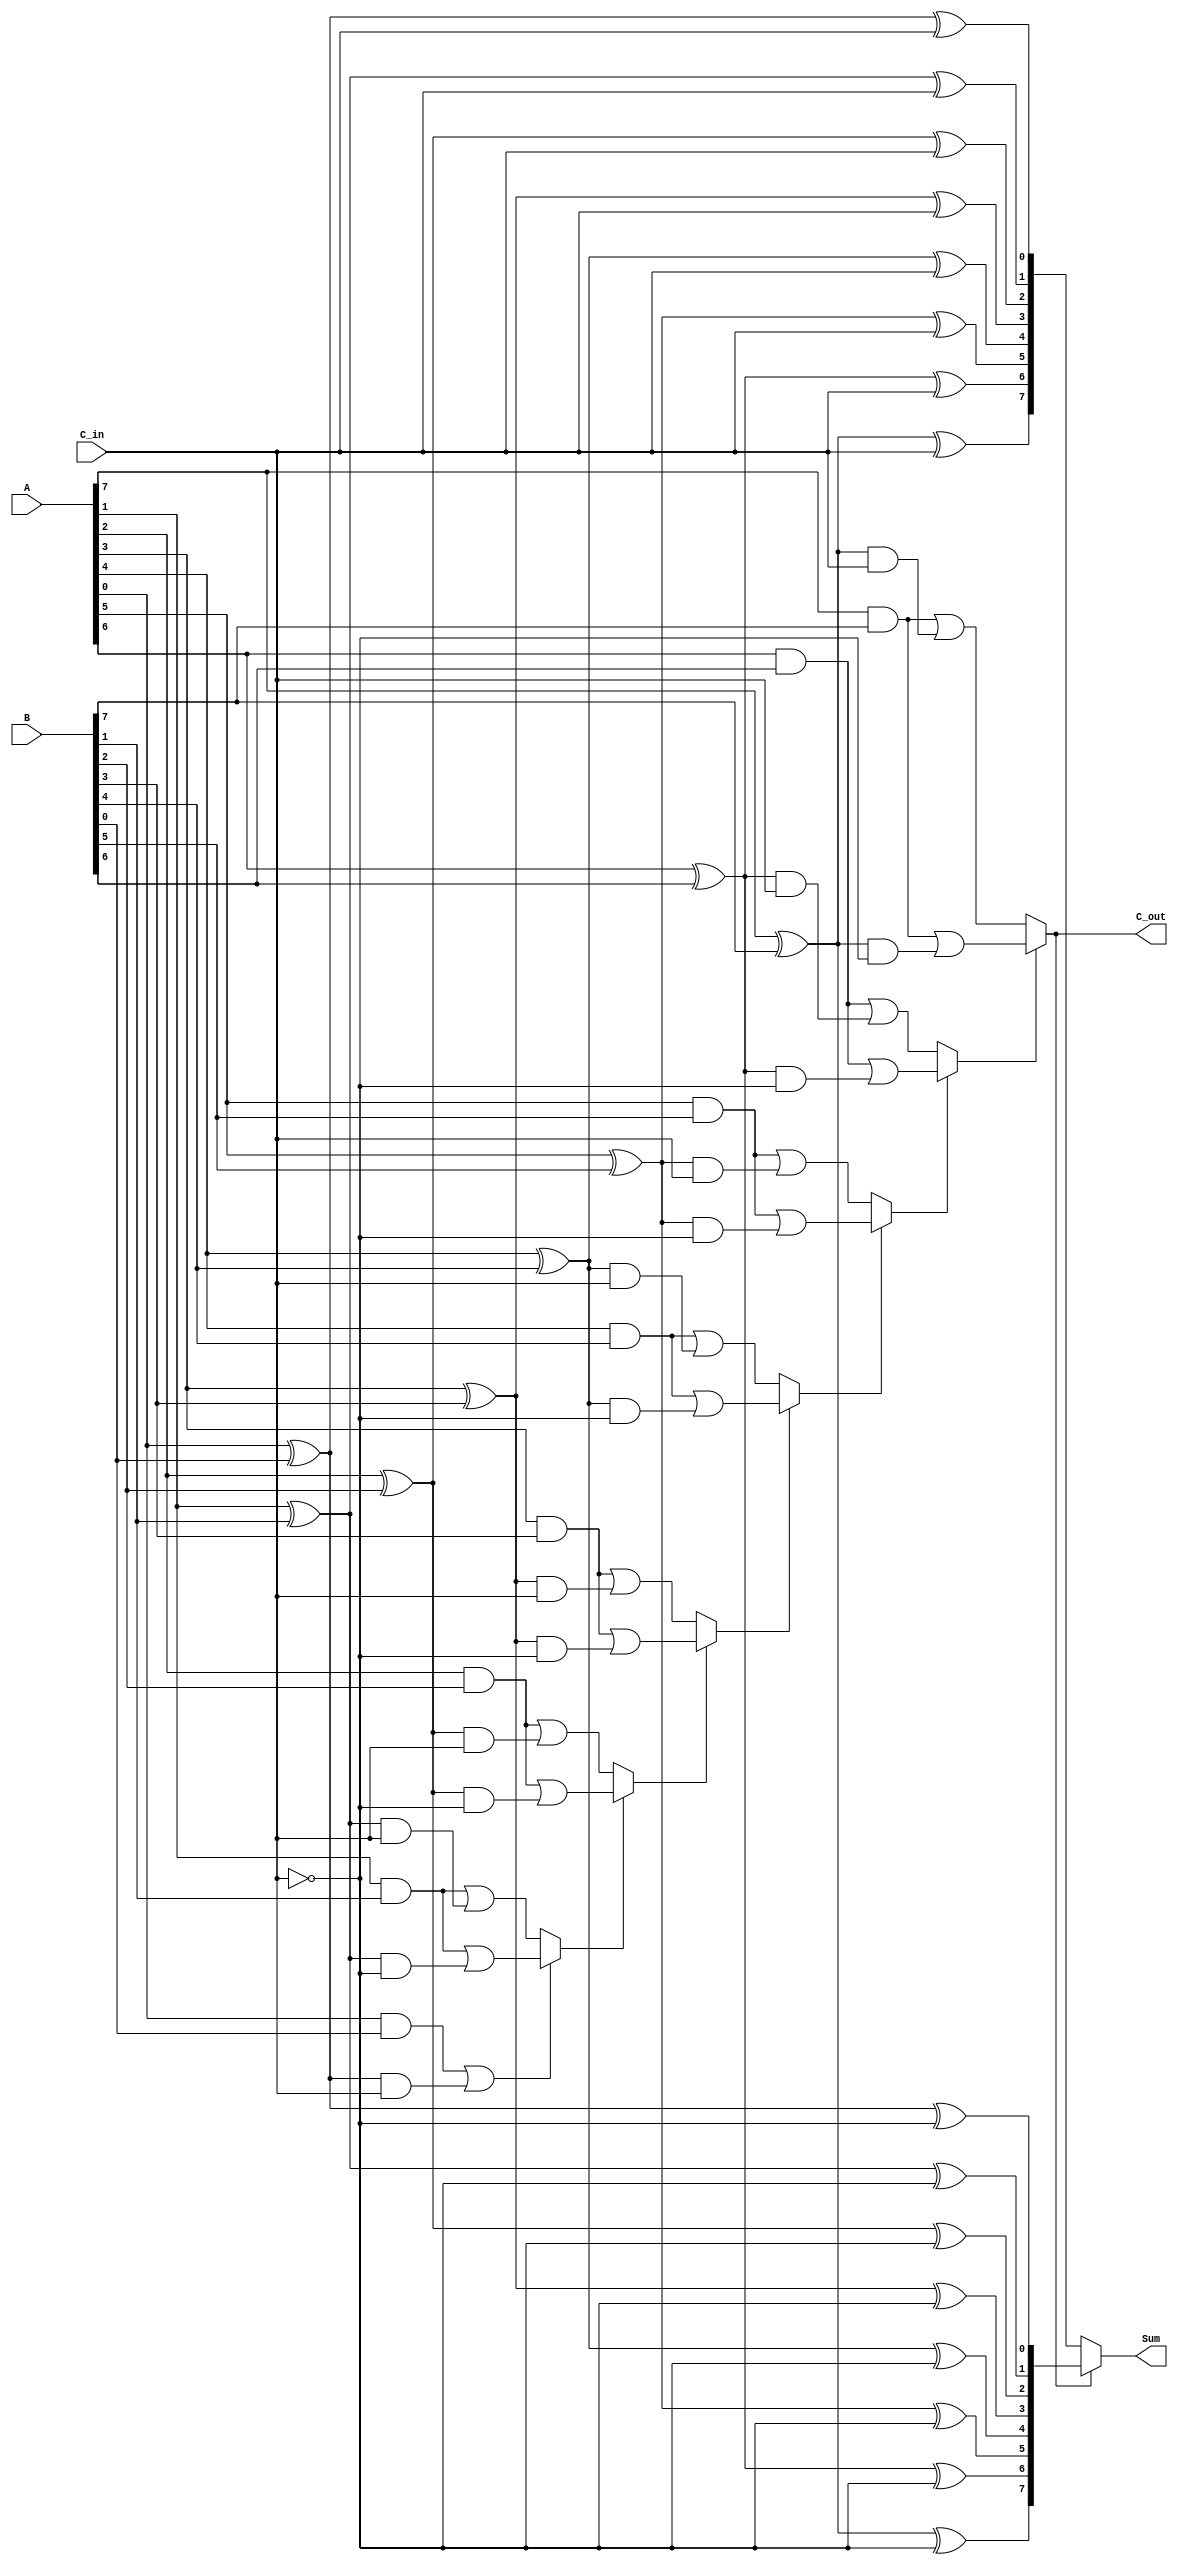
module conditional_sum_adder #(parameter WIDTH = 8) (
    input  wire [WIDTH-1:0] A,       // First operand
    input  wire [WIDTH-1:0] B,       // Second operand
    input  wire C_in,                 // Carry-in
    output wire [WIDTH-1:0] Sum,      // Sum output
    output wire C_out                 // Carry-out
);

    // Intermediate signals for sum and carry
    wire [WIDTH-1:0] S0, S1;          // Sum if carry-in is 0 and 1
    wire [WIDTH-1:0] C_out0, C_out1;  // Carry-out if carry-in is 0 and 1
    wire [WIDTH-1:0] C;                // Carry propagation signals
    wire [WIDTH-1:0] carry_select;     // Selected carry for each bit

    // Generate sums and carry outputs for each bit
    genvar i;
    generate
        for (i = 0; i < WIDTH; i = i + 1) begin : CSA_BIT
            // Sum generation
            assign S0[i] = A[i] ^ B[i] ^ C_in;                    // Sum when C_in = 0
            assign S1[i] = A[i] ^ B[i] ^ (C_in ^ 1'b1);           // Sum when C_in = 1

            // Carry generation
            assign C_out0[i] = (A[i] & B[i]) | ((A[i] ^ B[i]) & C_in); // Carry-out when C_in = 0
            assign C_out1[i] = (A[i] & B[i]) | ((A[i] ^ B[i]) & (C_in ^ 1'b1)); // Carry-out when C_in = 1

            // Carry propagation
            if (i == 0) begin
                assign C[i] = C_out0[i]; // First bit carry-out
            end else begin
                assign C[i] = carry_select[i-1] ? C_out1[i] : C_out0[i]; // Select carry based on previous carry state
            end

            // Carry selection for the next bit
            assign carry_select[i] = C[i];
        end
    endgenerate

    // Final sum selection based on the last carry
    assign Sum = carry_select[WIDTH-1] ? S1 : S0; // Select final sum based on MSB carry
    assign C_out = carry_select[WIDTH-1]; // Final carry-out

endmodule